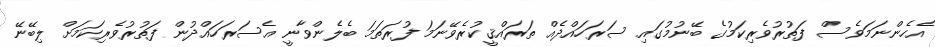
އެހެންނަމަވެސް ފަތުރުވެރިކަމުގެ ބޭނުމުގައި ސަރަހައްދެއް ތަރައްޤީކުރެވޭނަމަ ފުރަތަމަ ބެލެންވާނީ އެސަރަހައްދުން ފަތުރުވެރިކަމަށް ލިބޭނޭ